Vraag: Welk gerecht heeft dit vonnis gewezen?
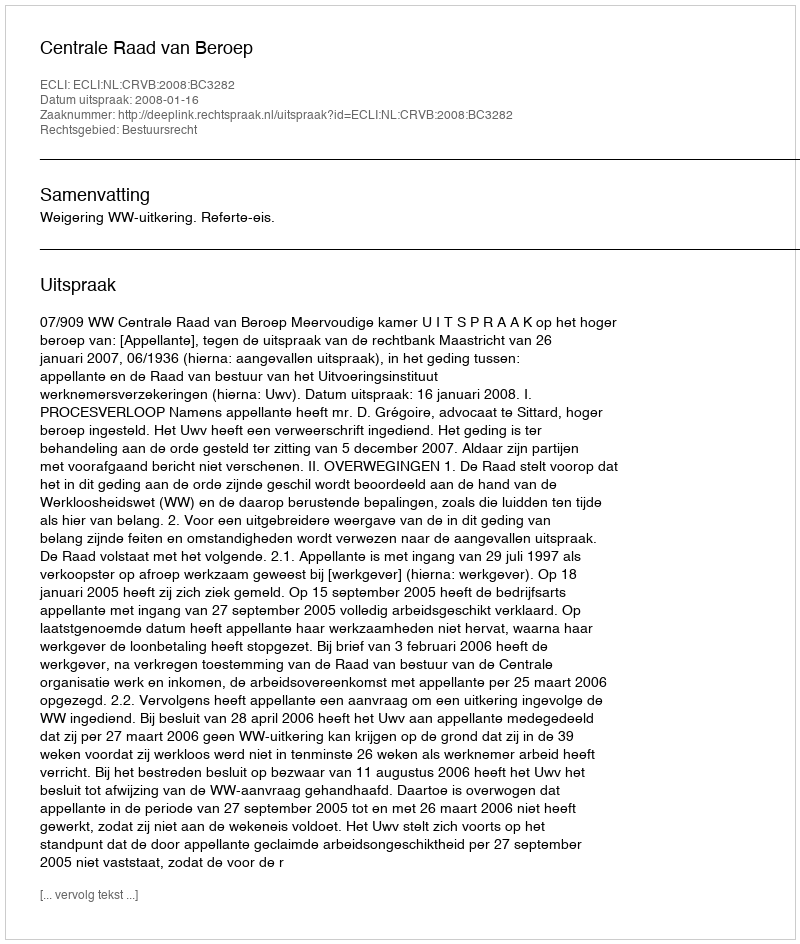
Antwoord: Centrale Raad van Beroep